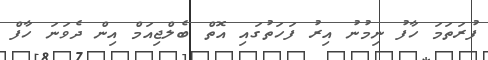
ފުރަތަމަ ހާފު ނިމުނު އިރު ފަހަތުގައި އޮތް ބެލްޖިއަމް އިން ދެވަނަ ހާފް